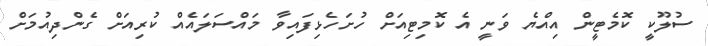
ސުލޫކީ ކޮމެޓީން އިއްޔެ ވަނީ އެ ކޮމިޓިއަށް ހުށަހެޅިފައިވާ މައްސަލައެއް ކުރިއަށް ގެންދިއުމަށް